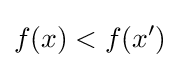
f(x)<f(x')